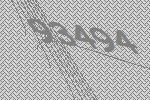
93494